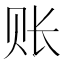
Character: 账